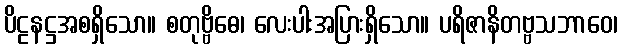
ပိဠနဋ္ဌအစရှိသော။ စတုဗ္ဗိဓေ၊ လေးပါးအပြားရှိသော။ ပရိဇာနိတဗ္ဗသဘာဝေ၊